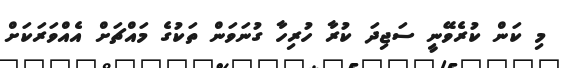
މި ކަން ކުރެވޭނީ ސަޖިދަ ކުރާ ހުރިހާ ގުނަވަން ތަކުގެ މައްޗަށް އެއްވަރަކަށް